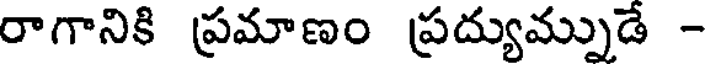
రాగానికి ప్రమాణం ప్రద్యుమ్నుడే -